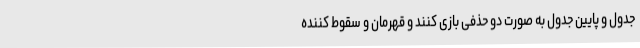
جدول و پایین جدول به صورت دو حذفی بازی کنند و قهرمان و سقوط کننده